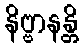
နိဗ္ဗာနန္တိ